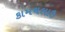
કામચલાઉ